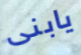
يابنى